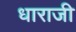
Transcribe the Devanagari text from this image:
धाराजी